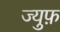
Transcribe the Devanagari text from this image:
ज्युफ़